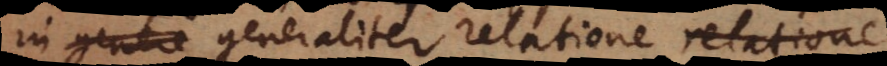
in genere generaliter relatione